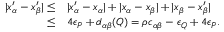
\begin{array} { r l } { | x _ { \alpha } ^ { \prime } - x _ { \beta } ^ { \prime } | \leq } & { | x _ { \alpha } ^ { \prime } - x _ { \alpha } | + | x _ { \alpha } - x _ { \beta } | + | x _ { \beta } - x _ { \beta } ^ { \prime } | } \\ { \leq } & { 4 \epsilon _ { P } + d _ { \alpha \beta } ( Q ) = \rho c _ { \alpha \beta } - \epsilon _ { Q } + 4 \epsilon _ { P } . } \end{array}